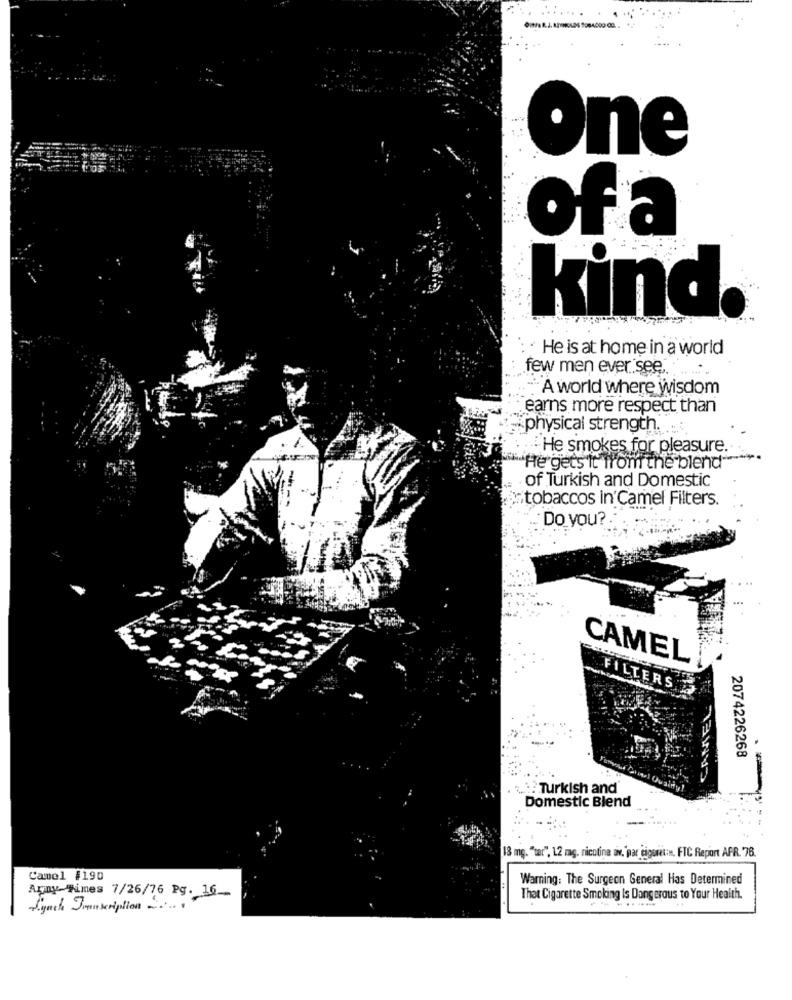
One
of a
kind
He is at home in a world
few men ever see,
- A world where wisdom
earns more respect than
physical strength.
.He smokes for pleasure.
"He gets it from the blend -***
of Turkish and Domestic
tobaccos in'Camel Filters.
Do you?
CAMEL
FILTERS
2074226268
:: Turkish and
Domestic Blend
18 mg. "tar", 12 mg. nicotina av."par cigaret:». FIC Report AFR. 76.
Camel #190
Warning: The Surgeon General Has Determined
Aray Wines 7/26/76 Pg. 16
That Cigarette Smoking Is Dangerous to Your Health.
Synch Transcription .....